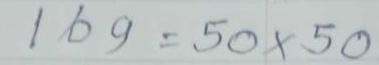
169 = 50 x 50